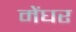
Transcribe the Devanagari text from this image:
मेंघर